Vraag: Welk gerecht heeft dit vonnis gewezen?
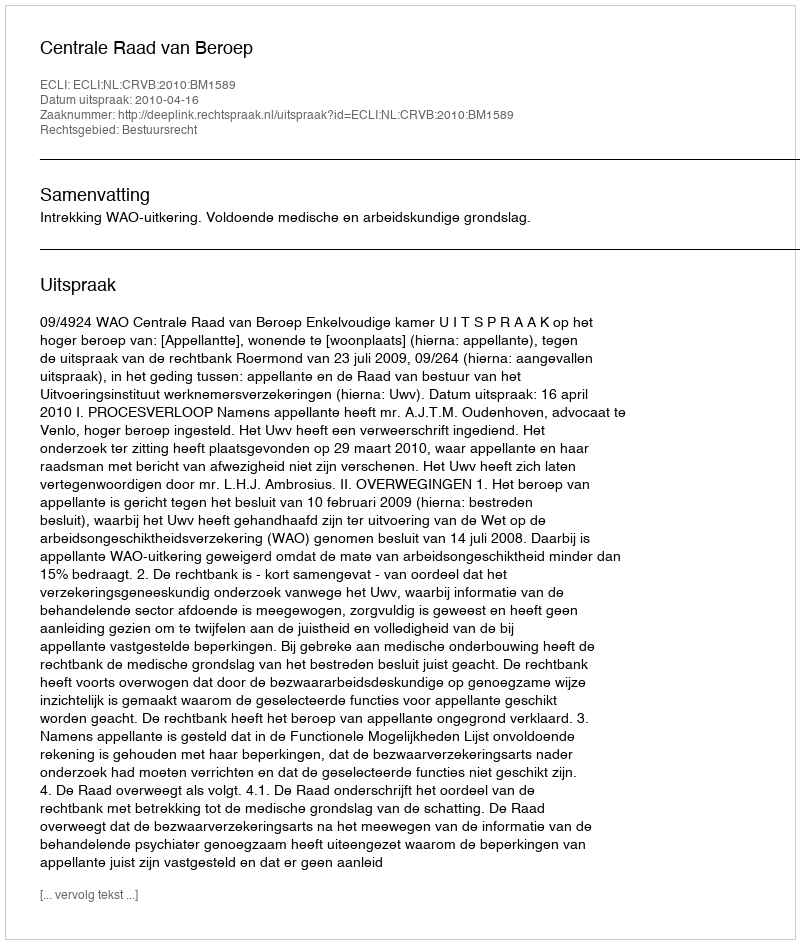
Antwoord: Centrale Raad van Beroep